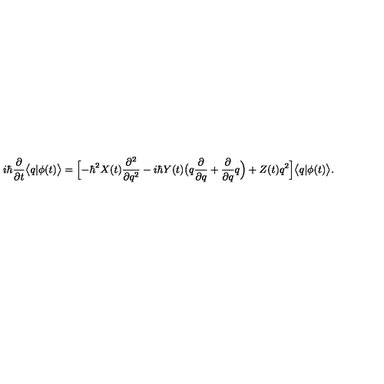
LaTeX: i \hbar \frac { \partial } { \partial t } \bigl < q | \phi ( t ) \bigr > = \Bigl [ - \hbar ^ { 2 } X ( t ) \frac { \partial ^ { 2 } } { \partial q ^ { 2 } } - i \hbar Y ( t ) \bigl ( q \frac { \partial } { \partial q } + \frac { \partial } { \partial q } q \Bigr ) + Z ( t ) q ^ { 2 } \Bigr ] \bigl < q | \phi ( t ) \bigr > .